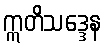
ဣတိသဒ္ဒေန